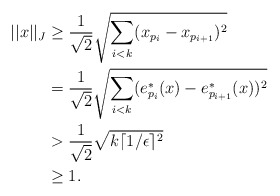
\begin{align*}||x||_J&\geq\frac{1}{\sqrt{2}}\sqrt{\sum_{i<k}(x_{p_i}-x_{p_{i+1}})^2}\\&=\frac{1}{\sqrt{2}}\sqrt{\sum_{i<k}(e^*_{p_i}(x)-e^*_{p_{i+1}}(x))^2}\\&>\frac{1}{\sqrt{2}}\sqrt{k\lceil 1/\epsilon\rceil^2}\\&\geq1.\end{align*}